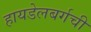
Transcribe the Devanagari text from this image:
हायडेलबर्गची